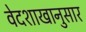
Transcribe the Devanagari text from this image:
वेदशाखानुसार